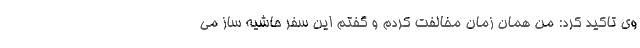
وی تاکید کرد: من همان زمان مخالفت کردم و گفتم این سفر حاشیه ساز می